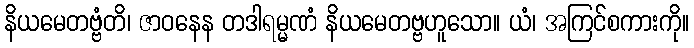
နိယမေတဗ္ဗံတိ၊ ဇာဝနေန တဒါရမ္မဏံ နိယမေတဗ္ဗဟူသော။ ယံ၊ အကြင်စကားကို။